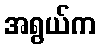
အရွယ်က